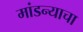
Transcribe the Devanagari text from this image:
मांडन्याचा